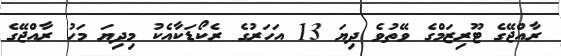
ރާއްޖޭގެ ޓޫރިޒަމްގެ ވޭތުވެ ދިޔަ 13 އަހަރުގެ ރެކޯޑަކާއެކު މިދިޔަ މަހު ރާއްޖޭގެ